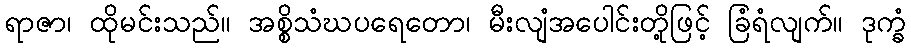
ရာဇာ၊ ထိုမင်းသည်။ အစ္စိသံဃပရေတော၊ မီးလျံအပေါင်းတို့ဖြင့် ခြံရံလျက်။ ဒုက္ခံ